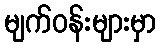
မျက်ဝန်းများမှာ